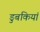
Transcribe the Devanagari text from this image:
डुबकियां